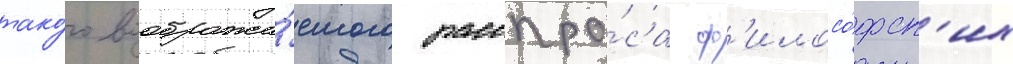
тако́го вообража́емого расспро́са ф'илосо́фск'их